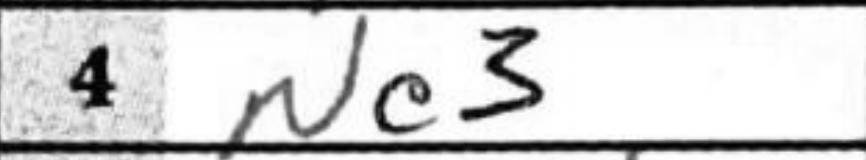
Transcription: Nc3